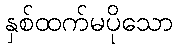
နှစ်ထက်မပိုသော